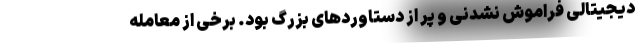
دیجیتالی فراموش نشدنی و پر از دستاوردهای بزرگ بود. برخی از معامله